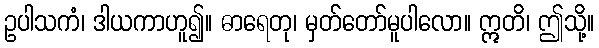
ဥပါသကံ၊ ဒါယကာဟူ၍။ ဓာရေတု၊ မှတ်တော်မူပါလော။ ဣတိ၊ ဤသို့။